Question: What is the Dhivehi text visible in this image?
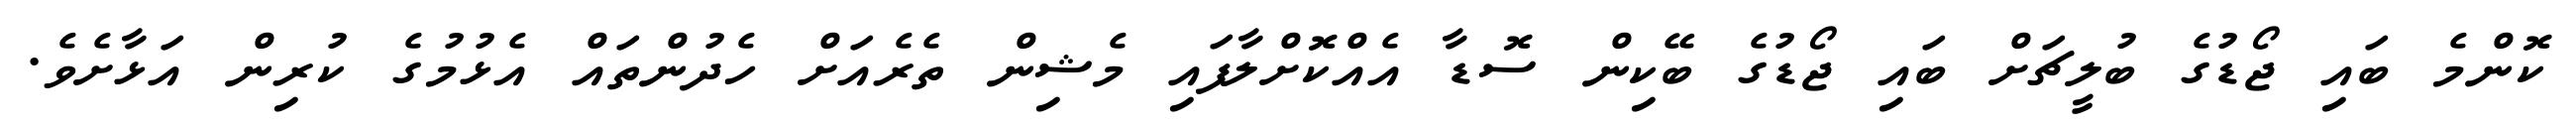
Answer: ކޮންމެ ބައި ޖޯޑުގެ ބުލީޗަށް ބައި ޖޯޑުގެ ބޭކިން ސޮޑާ އެއްކޮށްލާފައި މެޝިން ތެރެއަށް ހެދުންތައް އެޅުމުގެ ކުރިން އަޅާށެވެ.